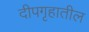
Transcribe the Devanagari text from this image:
दीपगृहातील